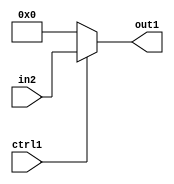
`timescale 1ps / 1ps
/*****************************************************************************
    Verilog RTL Description
    
    
    Created by: CellMath Designer 2019.1.01 
*******************************************************************************/

module sfu_out_buff_N_MuxB_320_2_8_4 (
	in2,
	ctrl1,
	out1
	); /* architecture "behavioural" */ 
input [319:0] in2;
input  ctrl1;
output [319:0] out1;
wire [319:0] asc001;

reg [319:0] asc001_tmp_0;
assign asc001 = asc001_tmp_0;
always @ (ctrl1 or in2) begin
	case (ctrl1)
		1'B1 : asc001_tmp_0 = in2 ;
		default : asc001_tmp_0 = 320'B00000000000000000000000000000000000000000000000000000000000000000000000000000000000000000000000000000000000000000000000000000000000000000000000000000000000000000000000000000000000000000000000000000000000000000000000000000000000000000000000000000000000000000000000000000000000000000000000000000000000000000000000000000000
    ;
	endcase
end

assign out1 = asc001;
endmodule

/* CADENCE  vLX2SQg= : u9/ySgnWtBlWxVPRXgAZ4Og= ** DO NOT EDIT THIS LINE ******/